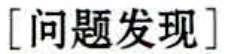
[问题发现]